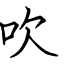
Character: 吹